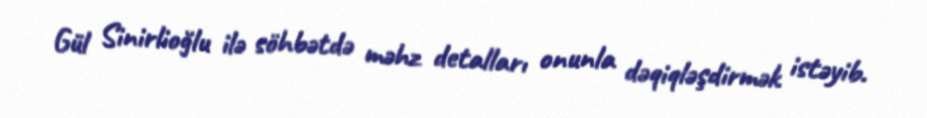
Gül Sinirlioğlu ilə söhbətdə məhz detalları onunla dəqiqləşdirmək istəyib.